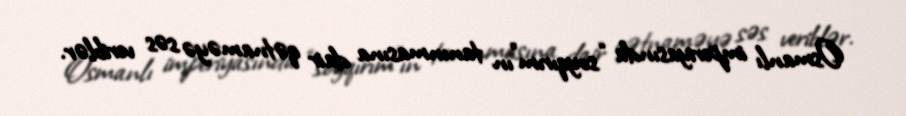
Osmanlı imperiyasında “soyqırım”ın tanınmasına dair qətnaməyə səs veriblər.